Report on plague and inoculation in the Punjab from October 1st ... to September 30th..., being the ... season of plague in the province
Disease focus: Plague
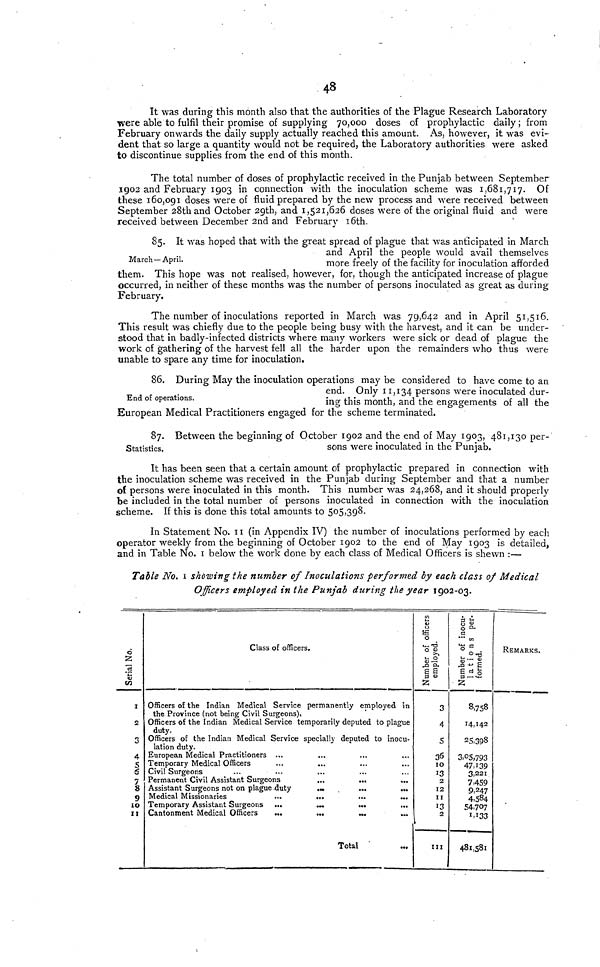
48
It was during this month also that the authorities of the Plague Research Laboratory
were able to fulfil their promise of supplying 70,000 doses of propbylactic daily; from
February onwards the daily supply actually reached this amount. As, however, it was evi-
dent that so large a quantity would not be required, the Laboratory authorities were asked
to discontinue supplies from the end of this month.
The total number of doses of prophylactic received in the Punjab between September
1902 and February 1903 in connection with the inoculation scheme was 1,681,717. Of
these 160,091 doses were of fiuid prepared by the new process and were received between
September 28th and October 29th, and 1,521,626 doses were of the original fluid and were
received between December 2nd and February 16th.
March— April.
85. It was hoped that with the great spread of plague that was anticipated in March
and April the people would avail themselves
more freely of the facility for inoculation afforded
them. This hope was not realised, however, for, though the anticipated increase of plague
occurred, in neither of these months was the number of persons inoculated as great as during
February.
The number of inoculations reported in March was 79,642 and in April 51,516.
This result was chiefly due to the people being busy with the harvest, and it can be under-
stood that in badly-infected districts where many workers were sick or dead of plague the
work of gathering of the harvest fell all the harder upon the remainders who thus were
unable to spare any time for inoculation.
End of operations.
86. During: May the inoculation operations may be considered to have come to an
end. Only 11,134 persons were inoculated dur-
ing this month, and the engagements of all the
European Medical Practitioners engaged for the scheme terminated.
Statistics.
87. Between the beginning of October 1902 and the end of May 1903, 481,130 per-
sons were inoculated in the Punjab.
It has been seen that a certain amount of prophylactic prepared in connection with
the inoculation scheme was received in the Punjab during September and that a number
of persons were inoculated in this month. This number was 24,268, and it should properly
be included in the total number of persons inoculated in connection with the inoculation
scheme. If this is done this total amounts to 505,398.
In Statement No. 11 (in Appendix IV) the number of inoculations performed by each
Operator weekly from the beginning of October 1902 to the end of May 1903 is detailed,
and in Table No. 1 below the work done by each class of Medical Officers is shewn :—
Tadle No. 1 showing the number of Inoculations performed by each class of Medical
Officers employed in the Punjab during the year 1902-03.
Serial No.
2
3
4
5
6
7
8
9
10
XI
Class of officers.
Officers of the Indian Medical Service permanently employed in
the Province (not being Civil Surgeons),
Officers of the Indian Medical Service temporarily deputed to plague
duty.
Officers of the Indian Medical Service specially deputed to inocu-
lation duty.
European Medical Practitioners ...
Temporary Medical Officers
Civil Surgeons ...
Permanent Civil Assistant Surgeons
...
...
Assistant Surgeons not on plague duty
... ...
Medical Missionaries
...
...
...
...
Temporary Assistant Surgeons ...
...
Cantonment Medical Officers
...
...
...
Total
Number of Office Employed
3
4
5
36
10
13
2
12
11
13
2
III
Number of ioccuptions per formed
8,758
14,142
25,398
3,05,793
47,139
3,221
7,459
9,247
4,584
54,707
481,581
REMARKS.